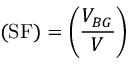
( \mathrm { S F } ) = \left( \frac { V _ { B G } } { V } \right)